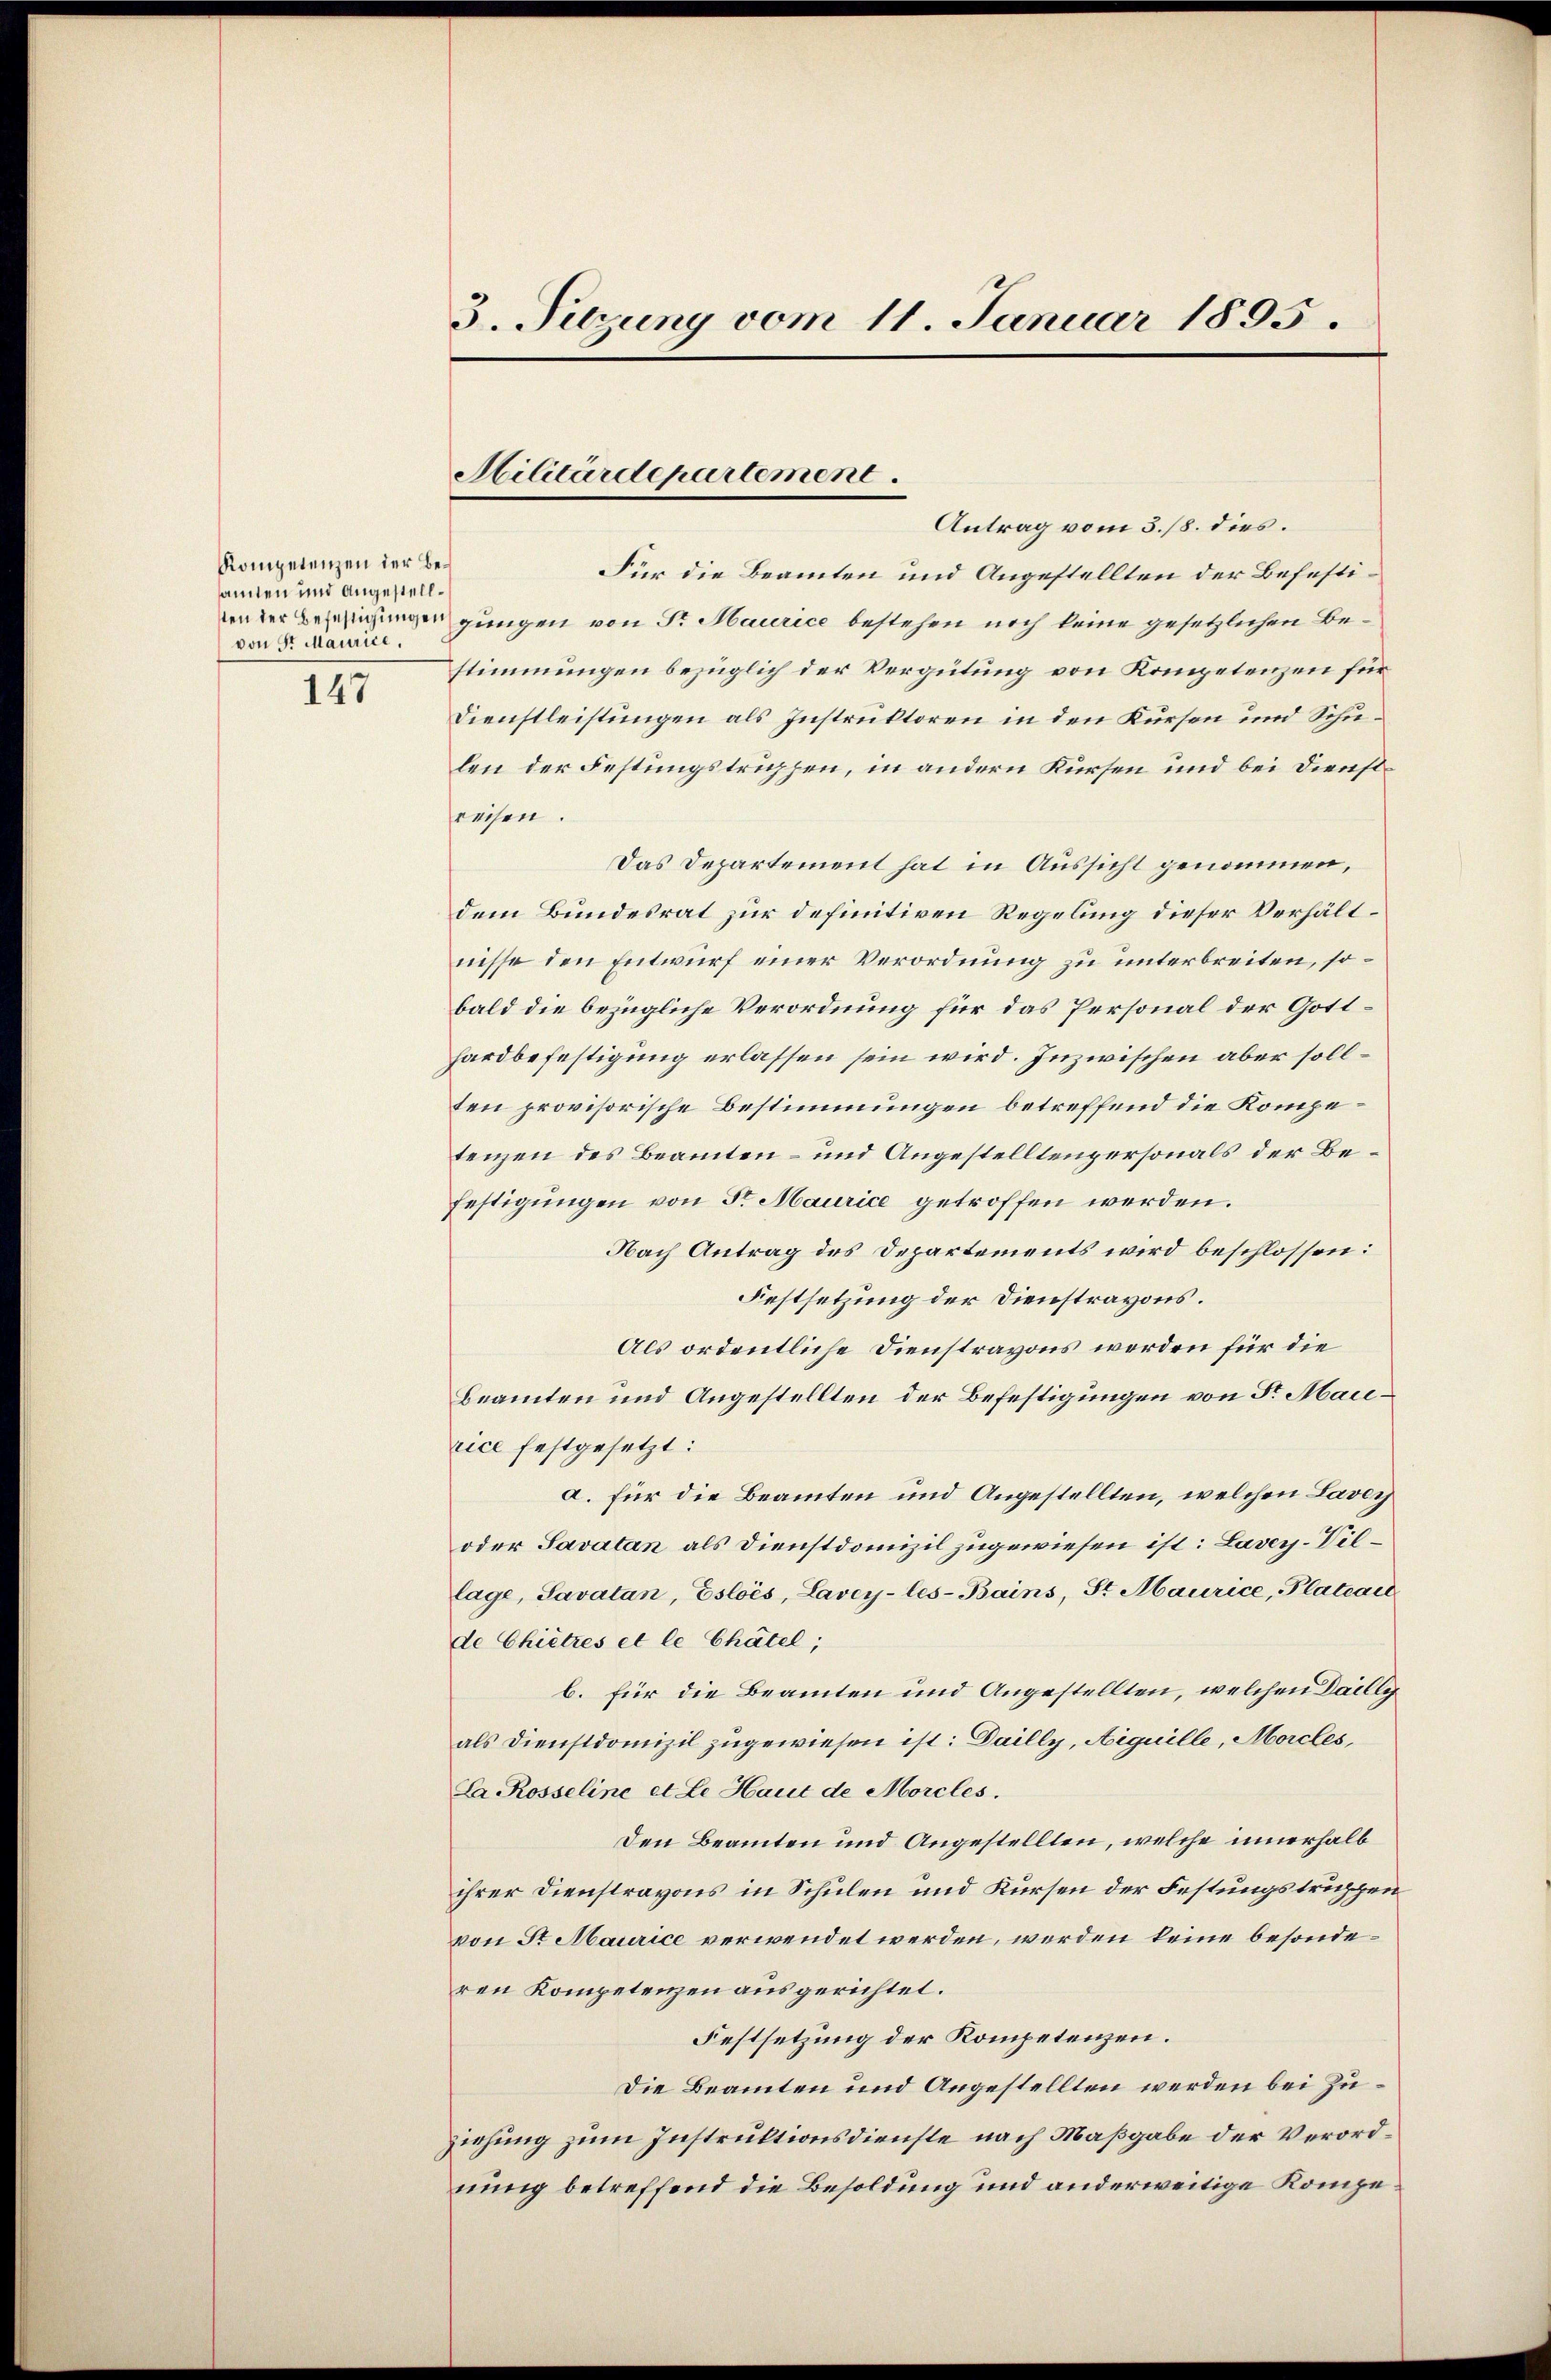
Kompetenzen der Besamten und angestellvon Sr Maurice,

147

3. Sitzung vom 11. Januar 1895.

Antrag vom 3./8. dies.
Für die Beamten und Angestellten der Befestivn der Bezeigungen gungen von Sr. Maurice bestehen noch keine gesetzlichen Bestimmungen bezüglich der Vergütung von Kompetenzen für
Dienstleistungen als Instruktoren in den Kurson und Schulen der Festungstruppen, in andern Kursen und bei Dienstreisen.
Das Departement hat in Aussicht genommen,
dem Bundesrat zur definitiven Regelung dieser Verhältnisse den Entwurf einer Verordnung zu unterbreiten, sobald die bezügliche Verordnung für das Personal der Gotthardbefestigung erlassen sein wird. Inzwischen aber sollten provisorische Bestimmungen betreffend die Kompetenzen des Beamten- und Angestelltenpersonals der Be¬
Festigungen von Sr Maurice getroffen werden.
Nach Antrag des Departements wird beschlossen:
Festsetzung der Dienstrayons.
Als ordentliche Dienstravons werden für die
Beamten und Angestellten der Befestigungen von Sr. Mairice festgesetzt:
a. für die Beamten und Angestellten, welchen Lavey
oder Savatan als Dienstdomizil zugewiesen ist: Lavey-Village, Savatan, Esloés, Lavey-les-Bains, St. Maurice, Plateaić
de Chietzes et le Chätel;
b. für die Beamten und Angestellten, welchen Dailly
als Dienstdomizil zugewiesen ist: Dailly, Aiguille, Morcles,
La Rosseline et le Haut de Morcles.
Den Beamten und Angestellten, welche innerhalb
ihrer Dienstravons in Schulen und Kursen der Festungstruppen
von Sr. Maurice verwendet werden, werden keine besonderen Kompetenzen ausgerichtet.
Festsetzung der Kompetenzen.
Die Beamten und Angestellten werden bei Zuziehung zum Instruktionsdienste nach Maßgabe der Verordnung betreffend die Besoldung und anderweitige Kompe¬

Militärdepartement